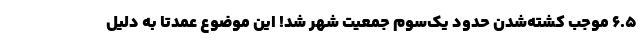
6.5 موجب کشته‌شدن حدود یک‌سوم جمعیت شهر شد! این موضوع عمدتا به دلیل